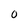
Character: 0